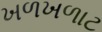
ખળખળાટ